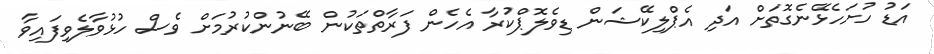
އަޑު ހުށަހެޅޭނެގޮތަށް އަދި އެޕްލިކޭޝަން ޑިވެލޮޕްކުރާ އެހެން ފަރާތްތަކުން ބޭނުންކުރުމަށް ވެސް ހުޅުވާލެވިފައިވާ